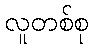
လူတစ်စု